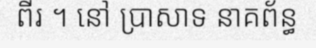
ពីរ ។ នៅ ប្រាសាទ នាគព័ន្ធ